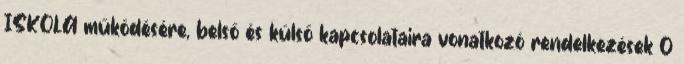
ISKOLA működésére, belső és külső kapcsolataira vonatkozó rendelkezések 0